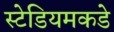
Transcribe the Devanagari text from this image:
स्टेडियमकडे